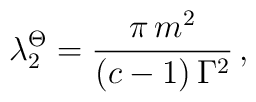
\lambda_2^\Theta = \frac{\pi \,m^2}{(c-1) \, \Gamma^2} \, ,